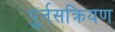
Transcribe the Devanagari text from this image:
पुर्नसक्रियण